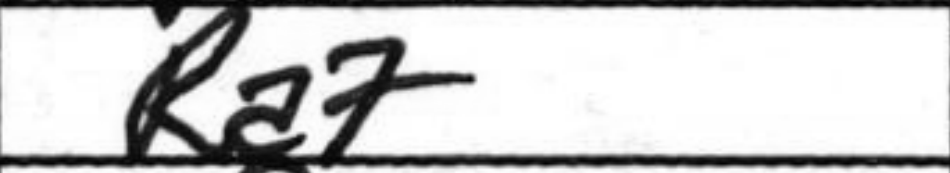
Transcription: Ra7